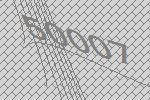
50007